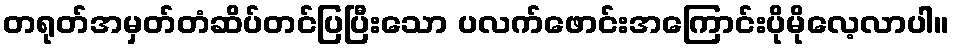
တရုတ်အမှတ်တံဆိပ်တင်ပြပြီးသော ပလက်ဖောင်းအကြောင်းပိုမိုလေ့လာပါ။